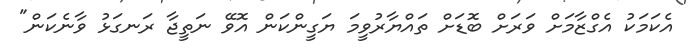
އެކަމަކު އެގްޒާމަށް ވަރަށް ބޮޑަށް ތައްޔާރުވީމަ ޔަގީންކަން އޮވޭ ނަތީޖާ ރަނގަޅު ވާނެކަން"